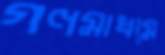
গণমাধমে